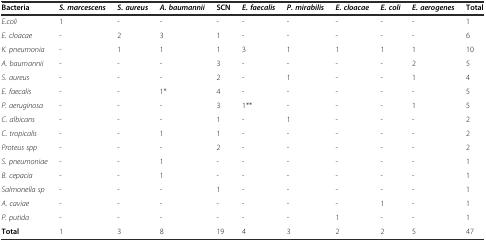
<table><thead><tr><td><b>Bacteria</b></td><td><b><i>S. marcescens</i></b></td><td><b><i>S. aureus</i></b></td><td><b><i>A. baumannii</i></b></td><td><b>SCN</b></td><td><b><i>E. faecalis</i></b></td><td><b><i>P. mirabilis</i></b></td><td><b><i>E. cloacae</i></b></td><td><b><i>E. coli</i></b></td><td><b><i>E. aerogenes</i></b></td><td><b>Total</b></td></tr></thead><tbody><tr><td><i>E.coli</i></td><td>1</td><td>-</td><td>-</td><td>-</td><td>-</td><td>-</td><td>-</td><td>-</td><td>-</td><td>1</td></tr><tr><td><i>E. cloacae</i></td><td>-</td><td>2</td><td>3</td><td>1</td><td>-</td><td>-</td><td>-</td><td>-</td><td>-</td><td>6</td></tr><tr><td><i>K. pneumonia</i></td><td>-</td><td>1</td><td>1</td><td>1</td><td>3</td><td>1</td><td>1</td><td>1</td><td>1</td><td>10</td></tr><tr><td><i>A. baumannii</i></td><td>-</td><td>-</td><td>-</td><td>3</td><td>-</td><td>-</td><td>-</td><td>-</td><td>2</td><td>5</td></tr><tr><td><i>S. aureus</i></td><td>-</td><td>-</td><td>-</td><td>2</td><td>-</td><td>1</td><td>-</td><td>-</td><td>1</td><td>4</td></tr><tr><td><i>E. faecalis</i></td><td>-</td><td>-</td><td>1*</td><td>4</td><td>-</td><td>-</td><td>-</td><td>-</td><td>-</td><td>5</td></tr><tr><td><i>P. aeruginosa</i></td><td>-</td><td>-</td><td>-</td><td>3</td><td>1**</td><td>-</td><td>-</td><td>-</td><td>1</td><td>5</td></tr><tr><td><i>C. albicans</i></td><td>-</td><td>-</td><td>-</td><td>1</td><td>-</td><td>1</td><td>-</td><td>-</td><td>-</td><td>2</td></tr><tr><td><i>C. tropicalis</i></td><td>-</td><td>-</td><td>1</td><td>1</td><td>-</td><td>-</td><td>-</td><td>-</td><td>-</td><td>2</td></tr><tr><td><i>Proteus spp</i></td><td>-</td><td>-</td><td>-</td><td>2</td><td>-</td><td>-</td><td>-</td><td>-</td><td>-</td><td>2</td></tr><tr><td><i>S. pneumoniae</i></td><td>-</td><td>-</td><td>1</td><td>-</td><td>-</td><td>-</td><td>-</td><td>-</td><td>-</td><td>1</td></tr><tr><td><i>B. cepacia</i></td><td>-</td><td>-</td><td>1</td><td>-</td><td>-</td><td>-</td><td>-</td><td>-</td><td>-</td><td>1</td></tr><tr><td><i>Salmonella sp</i></td><td>-</td><td>-</td><td>-</td><td>1</td><td>-</td><td>-</td><td>-</td><td>-</td><td>-</td><td>1</td></tr><tr><td><i>A. caviae</i></td><td>-</td><td>-</td><td>-</td><td>-</td><td>-</td><td>-</td><td>-</td><td>1</td><td>-</td><td>1</td></tr><tr><td><i>P. putida</i></td><td>-</td><td>-</td><td>-</td><td>-</td><td>-</td><td>-</td><td>1</td><td>-</td><td>-</td><td>1</td></tr><tr><td><b>Total</b></td><td>1</td><td>3</td><td>8</td><td>19</td><td>4</td><td>3</td><td>2</td><td>2</td><td>5</td><td>47</td></tr></tbody></table>